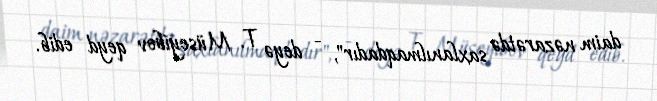
daim nəzarətdə saxlanılmaqdadır", - deyə T. Müseyibov qeyd edib.